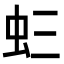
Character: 𧈵